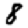
Digit: 8